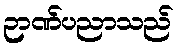
ဉာဏ်ပညာသည်